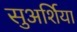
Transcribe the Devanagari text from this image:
सुअर्शिया